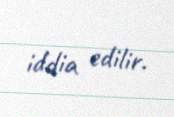
iddia edilir.